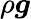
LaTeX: \rho\boldsymbol{g}